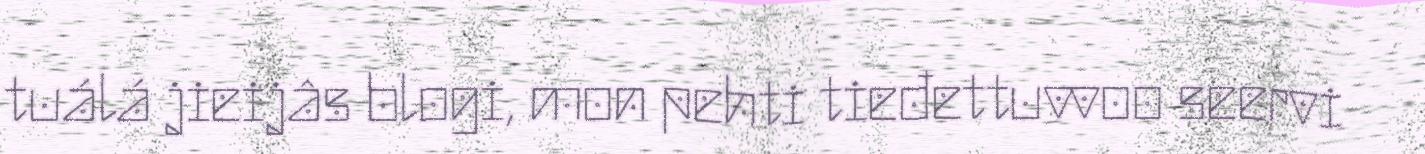
tuálá jieijâs blogi, mon pehti tieđettuvvoo seervi